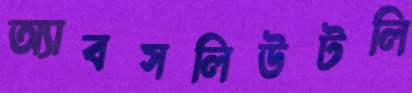
অ্যাবসলিউটলি